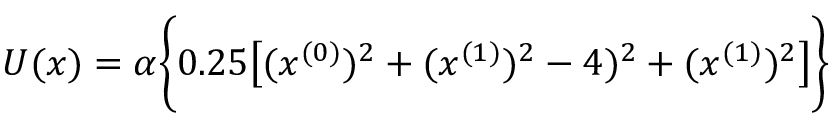
\begin{array} { r } { U ( x ) = \alpha \biggl \{ 0 . 2 5 \bigl [ ( x ^ { ( 0 ) } ) ^ { 2 } + ( x ^ { ( 1 ) } ) ^ { 2 } - 4 ) ^ { 2 } + ( x ^ { ( 1 ) } ) ^ { 2 } \bigl ] \biggr \} } \end{array}